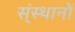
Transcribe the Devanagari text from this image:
स्ंस्थानों